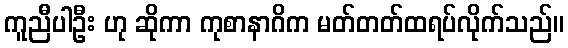
ကူညီပါဦး ဟု ဆိုကာ ကုစာနာဂိက မတ်တတ်ထရပ်လိုက်သည်။